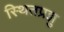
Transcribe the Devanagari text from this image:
स्थितप्रज्ञु